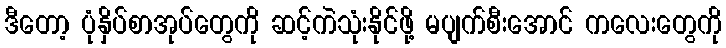
ဒီတော့ ပုံနှိပ်စာအုပ်တွေကို ဆင့်ကဲသုံးနိုင်ဖို့ မပျက်စီးအောင် ကလေးတွေကို